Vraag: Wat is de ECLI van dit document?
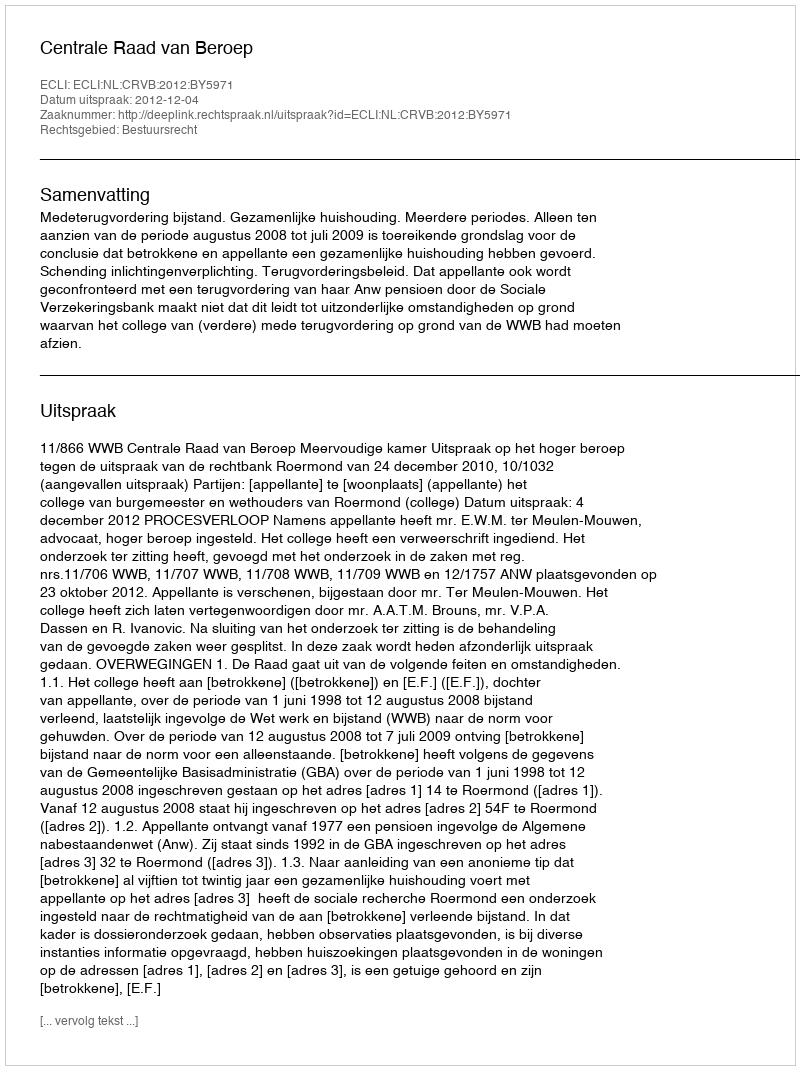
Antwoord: ECLI:NL:CRVB:2012:BY5971